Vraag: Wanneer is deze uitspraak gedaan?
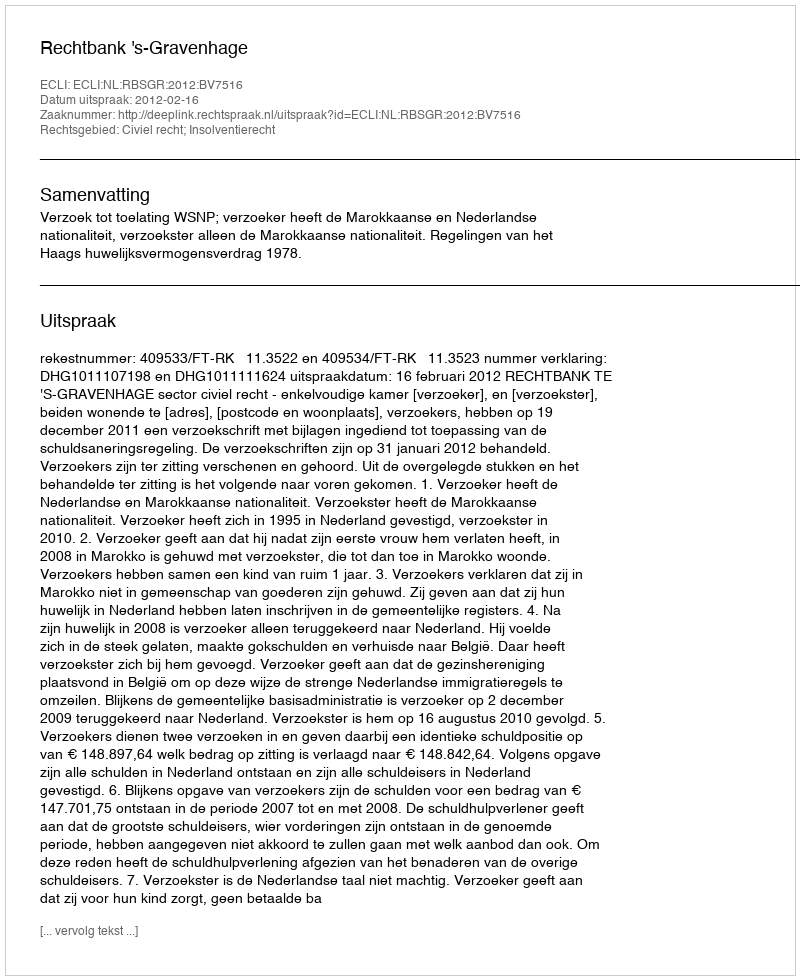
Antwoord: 2012-02-16